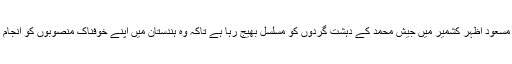
بتا دیں کہ مسعود اظہر کشمیر میں جیش محمد کے دہشت گردوں کو مسلسل بھیج رہا ہے تاکہ وہ ہندستان میں اپنے خوفناک منصوبوں کو انجام دے سکیں۔